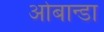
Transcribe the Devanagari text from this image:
ओबान्डा